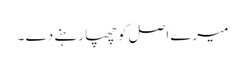
میرے اصل کو چھپا رہنے دے ۔